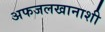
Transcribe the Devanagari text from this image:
अफजलखानाशी